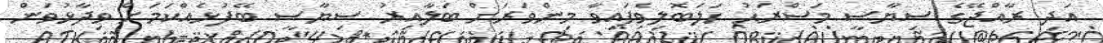
އަދި ރާއްޖޭގެ ސިޔާސީ މަސްރަޙު ހަލަބޮލިވެފައިވާ މިންވަރަށް ބަލާއިރު ސިޔާސީ ބޭފުޅެއްކަމަށް ވިދާޅުވަން